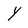
Character: Y